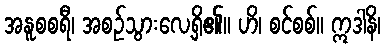
အနူစစရီ၊ အစဉ်သွားလေ့ရှိ၏။ ဟိ၊ စင်စစ်။ ဣဒါနိ၊